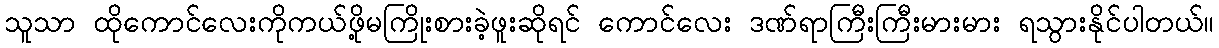
သူသာ ထိုကောင်လေးကိုကယ်ဖို့မကြိုးစားခဲ့ဖူးဆိုရင် ကောင်လေး ဒဏ်ရာကြီးကြီးမားမား ရသွားနိုင်ပါတယ်။